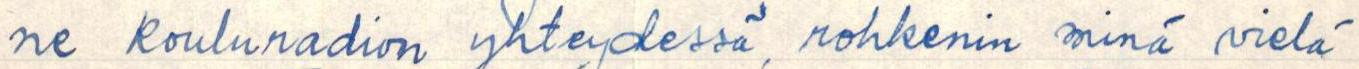
ne kouluradion yhteydessä, rohkenin minä vielä